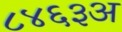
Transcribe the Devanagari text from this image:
८४६३अ